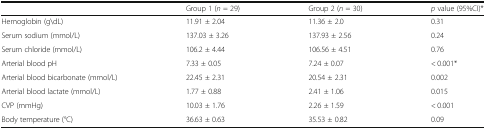
<table><thead><tr><td></td><td><b>Group 1 (<i>n</i> = 29)</b></td><td><b>Group 2 (<i>n</i> = 30)</b></td><td><b><i>p</i> value (95%CI)*</b></td></tr></thead><tbody><tr><td>Hemoglobin (g\dL)</td><td>11.91 ± 2.04</td><td>11.36 ± 2.0</td><td>0.31</td></tr><tr><td>Serum sodium (mmol/L)</td><td>137.03 ± 3.26</td><td>137.93 ± 2.56</td><td>0.24</td></tr><tr><td>Serum chloride (mmol/L)</td><td>106.2 ± 4.44</td><td>106.56 ± 4.51</td><td>0.76</td></tr><tr><td>Arterial blood pH</td><td>7.33 ± 0.05</td><td>7.24 ± 0.07</td><td>&lt; 0.001*</td></tr><tr><td>Arterial blood bicarbonate (mmol/L)</td><td>22.45 ± 2.31</td><td>20.54 ± 2.31</td><td>0.002</td></tr><tr><td>Arterial blood lactate (mmol/L)</td><td>1.77 ± 0.88</td><td>2.41 ± 1.06</td><td>0.015</td></tr><tr><td>CVP (mmHg)</td><td>10.03 ± 1.76</td><td>2.26 ± 1.59</td><td>&lt; 0.001</td></tr><tr><td>Body temperature (°C)</td><td>36.63 ± 0.63</td><td>35.53 ± 0.82</td><td>0.09</td></tr></tbody></table>